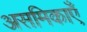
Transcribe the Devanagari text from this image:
असमिकाएँ